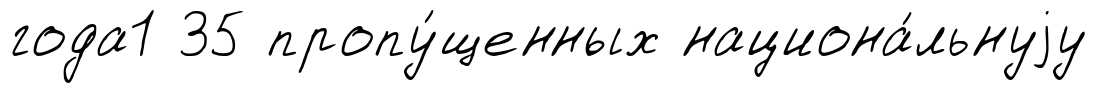
года1 35 пропу́щенных национа́льнуjу